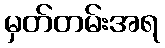
မှတ်တမ်းအရ